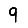
Digit: 9